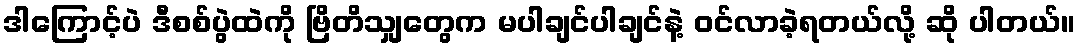
ဒါကြောင့်ပဲ ဒီစစ်ပွဲထဲကို ဗြိတိသျှတွေက မပါချင်ပါချင်နဲ့ ဝင်လာခဲ့ရတယ်လို့ ဆို ပါတယ်။